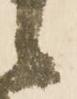
候